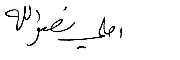
املي نصرالله